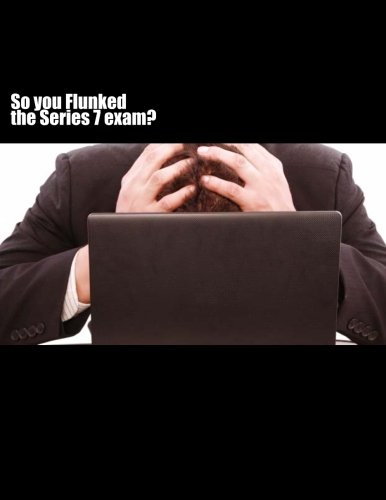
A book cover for So you FLUNKED the Series 7 exam?; Mark Piantanida; Education & Teaching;